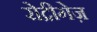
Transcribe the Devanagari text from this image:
रोद्रीगेज़